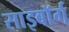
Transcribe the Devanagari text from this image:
साइबाॅर्ग